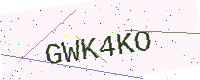
Text: GWK4KO